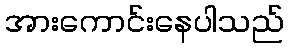
အားကောင်းနေပါသည်